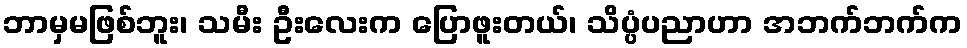
ဘာမှမဖြစ်ဘူး၊ သမီး ဦးလေးက ပြောဖူးတယ်၊ သိပ္ပံပညာဟာ အဘက်ဘက်က